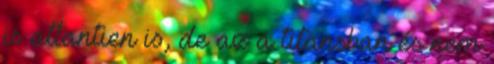
is atlantien is, de az a titansban és nem